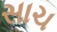
સાચ